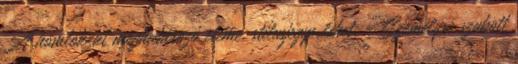
A homlokzat meghatározó eleme, stílusjegye lehet. - Személyre szabott